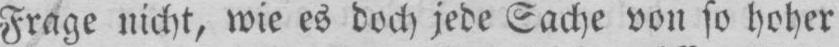
Frage nicht, wie es doch jede Sache von so hoher